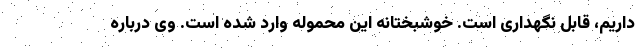
داریم، قابل نگهداری است. خوشبختانه این محموله وارد شده است. وی درباره